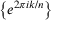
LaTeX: \left\{ e ^ { 2 \pi i k / n } \right\}